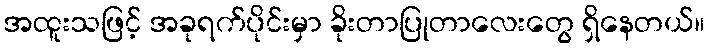
အထူးသဖြင့် အခုရက်ပိုင်းမှာ ခိုးတာပြုတာလေးတွေ ရှိနေတယ်။